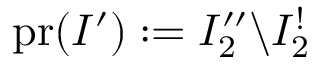
\mathrm { p r } ( I ^ { \prime } ) : = I _ { 2 } ^ { \prime \prime } \backslash I _ { 2 } ^ { ! }